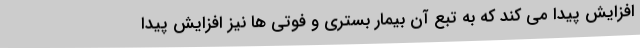
افزایش پیدا می کند که به تبع آن بیمار بستری و فوتی ها نیز افزایش پیدا